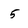
Character: 5